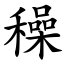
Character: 䆆